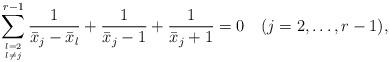
LaTeX: \begin{align*}\sum_{l=2\atop l\ne j}^{r-1} {1\over{\bar{x}_j-\bar{x}_l}}+{1\over{\bar{x}_j-1}} +{1\over{\bar{x}_j+1}}=0 \quad (j=2,\ldots,r-1), \end{align*}